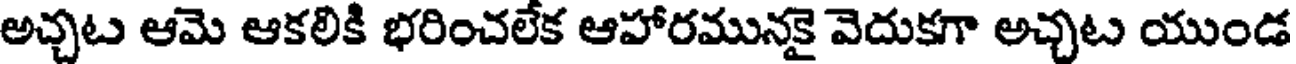
అచ్చట ఆమె ఆకలికి భరించలేక ఆహారమునకై వెదుకగా అచ్చట యుండ